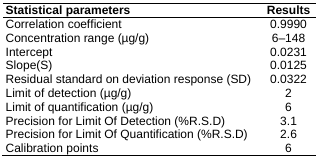
<table><thead><tr><td><b>Statistical parameters</b></td><td><b>Results</b></td></tr></thead><tbody><tr><td>Correlation coefficient</td><td>0.9990</td></tr><tr><td>Concentration range (μg/g)</td><td>6–148</td></tr><tr><td>Intercept</td><td>0.0231</td></tr><tr><td>Slope(S)</td><td>0.0125</td></tr><tr><td>Residual standard on deviation response (SD)</td><td>0.0322</td></tr><tr><td>Limit of detection (μg/g)</td><td>2</td></tr><tr><td>Limit of quantification (μg/g)</td><td>6</td></tr><tr><td>Precision for Limit Of Detection (%R.S.D)</td><td>3.1</td></tr><tr><td>Precision for Limit Of Quantification (%R.S.D)</td><td>2.6</td></tr><tr><td>Calibration points</td><td>6</td></tr></tbody></table>